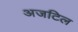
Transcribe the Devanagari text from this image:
अजटिल